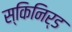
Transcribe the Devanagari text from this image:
स्किनिर्ड